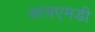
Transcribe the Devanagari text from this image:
आयएमडी